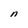
Character: n